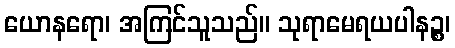
ယောနရော၊ အကြင်သူသည်။ သုရာမေရယပါနဉ္စ၊